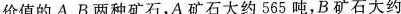
价值的A、B两种矿石，A矿石大约565吨，B矿石大约